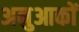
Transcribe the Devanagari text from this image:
अनुआकों